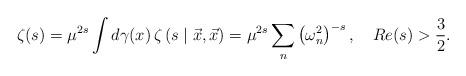
LaTeX: \begin{align*}\zeta (s)=\mu ^{2s}\int d\gamma (x)\,\zeta\left( s\mid \vec{x},\vec{x}\right)=\mu ^{2s}\sum_{n}\left( \omega _{n}^{2}\right) ^{-s},\quad Re(s)>\frac{3}{2}. \end{align*}